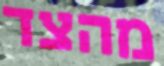
מהצד